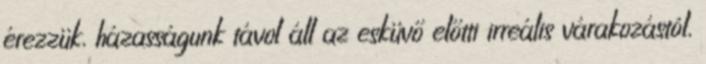
érezzük, házasságunk távol áll az esküvő előtti irreális várakozástól,